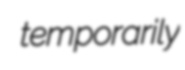
temporarily